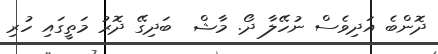
ދޮންބެ އަދިވެސް ނުހޭލާ ދޯ. މާޝް  ބަދިގޭ ދޮރު މަތީގައި ހުރި